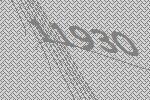
11930